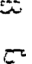
-